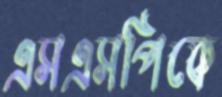
এসএসপিকে